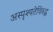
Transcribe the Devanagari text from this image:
अस्पृश्यतेविरुद्ध